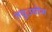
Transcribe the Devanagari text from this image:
लघुउद्यॊग